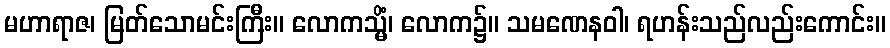
မဟာရာဇ၊ မြတ်သောမင်းကြီး။ လောကသ္မိံ၊ လောက၌။ သမဏေနဝါ၊ ရဟန်းသည်လည်းကောင်း။